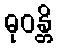
ဓုဝန္တိ